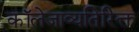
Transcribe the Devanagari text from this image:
कॉलेजाव्यतिरिक्त